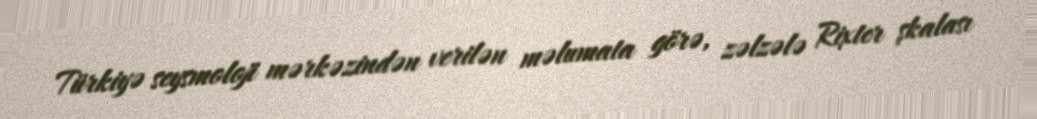
Türkiyə seysmoloji mərkəzindən verilən məlumata görə, zəlzələ Rixter şkalası